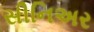
સીનિઅર